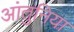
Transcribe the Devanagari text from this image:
आंतुनिया